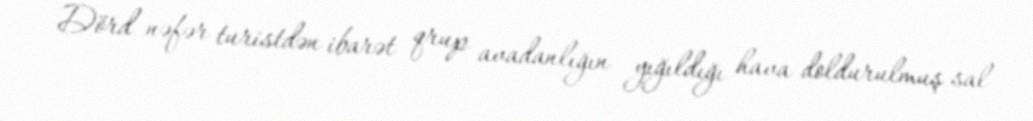
Dörd nəfər turistdən ibarət qrup avadanlığın yığıldığı hava doldurulmuş sal